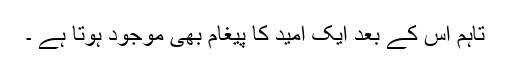
تاہم اس کے بعد ایک امید کا پیغام بھی موجود ہوتا ہے ۔